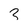
Character: 3